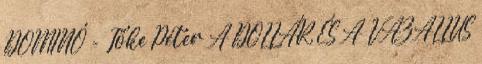
DOMINÓ - Tőke Péter A DOLLÁR ÉS A VAZALLUS